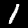
Digit: 1